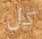
كل